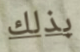
بذلك